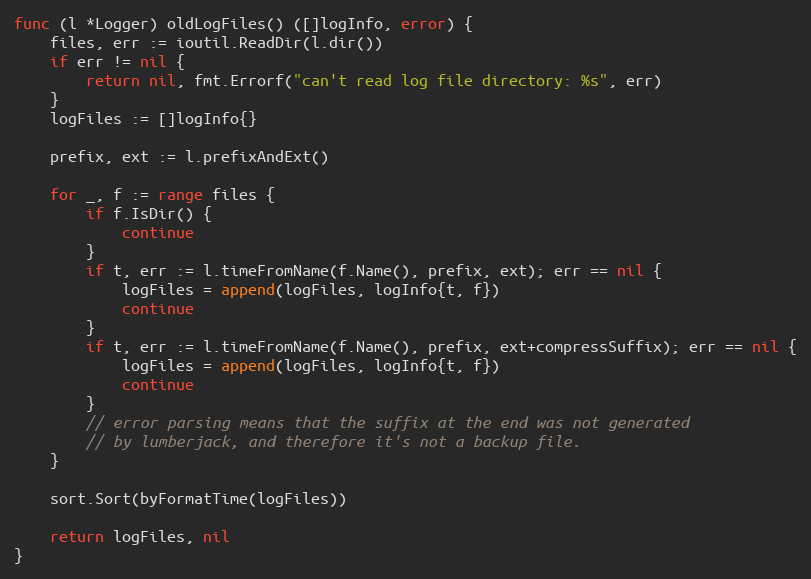
Language: Go
func (l *Logger) oldLogFiles() ([]logInfo, error) {
	files, err := ioutil.ReadDir(l.dir())
	if err != nil {
		return nil, fmt.Errorf("can't read log file directory: %s", err)
	}
	logFiles := []logInfo{}

	prefix, ext := l.prefixAndExt()

	for _, f := range files {
		if f.IsDir() {
			continue
		}
		if t, err := l.timeFromName(f.Name(), prefix, ext); err == nil {
			logFiles = append(logFiles, logInfo{t, f})
			continue
		}
		if t, err := l.timeFromName(f.Name(), prefix, ext+compressSuffix); err == nil {
			logFiles = append(logFiles, logInfo{t, f})
			continue
		}
		// error parsing means that the suffix at the end was not generated
		// by lumberjack, and therefore it's not a backup file.
	}

	sort.Sort(byFormatTime(logFiles))

	return logFiles, nil
}